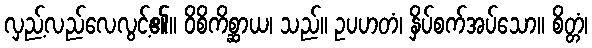
လှည့်လည်လေလွင့်၏။ ဝိစိကိစ္ဆာယ၊ သည်။ ဥပဟတံ၊ နှိပ်စက်အပ်သော။ စိတ္တံ၊